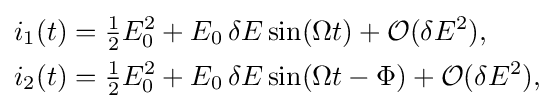
{\begin{aligned}i_{1}(t)&={\tfrac {1}{2}}E_{0}^{2}+E_{0}\,\delta E\sin(\Omega t)+{\mathcal {O}}(\delta E^{2}),\\i_{2}(t)&={\tfrac {1}{2}}E_{0}^{2}+E_{0}\,\delta E\sin(\Omega t-\Phi )+{\mathcal {O}}(\delta E^{2}),\end{aligned}}